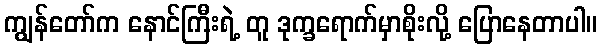
ကျွန်တော်က နောင်ကြီးရဲ့ တူ ဒုက္ခရောက်မှာစိုးလို့ ပြောနေတာပါ။